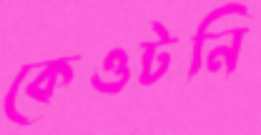
কেওটনি